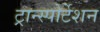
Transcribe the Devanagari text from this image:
ट्रान्स्पोर्टेशन